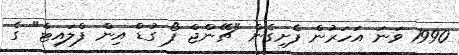
1990 ވަނަ އަހަރުން ފެށިގެން "ޗޭންޖް ފޯ ގުޑް އިން ފްލައިޓް" ގެ